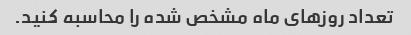
تعداد روزهای ماه مشخص شده را محاسبه کنید.